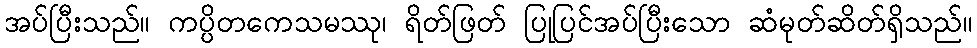
အပ်ပြီးသည်။ ကပ္ပိတကေသမဿု၊ ရိတ်ဖြတ် ပြုပြင်အပ်ပြီးသော ဆံမုတ်ဆိတ်ရှိသည်။